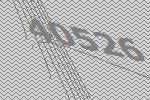
40526